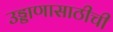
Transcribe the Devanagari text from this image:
उड्डाणासाठीची